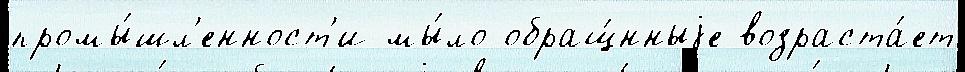
промы́шл'енност'и мы́ло обращ́нныjе возраста́ет